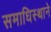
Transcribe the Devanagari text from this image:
समाधिस्थाने